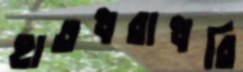
হাতধরাধরি